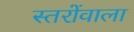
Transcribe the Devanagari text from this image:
स्तरोंवाला